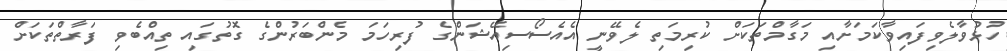
ހުޅުވާލެވިފައިވާކަމަށާއި މަގާމްތަކަށް ކުރިމަތި ލެވޭނީ އެއެސޯސިއޭޝަންގެ ފުރިހަމަ މެންބަރުންގެ ގޮތުގައި ތިއްބެވި ފަރާތްތަކަށް